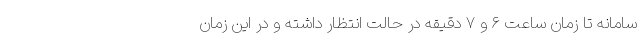
سامانه تا زمان ساعت ۶ و ۷ دقیقه در حالت انتظار داشته و در این زمان